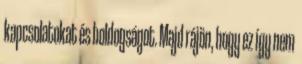
kapcsolatokat és boldogságot. Majd rájön, hogy ez így nem